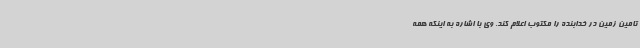
تامین زمین در خدابنده را مکتوب اعلام کند. وی با اشاره به اینکه همه